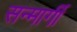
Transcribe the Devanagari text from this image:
सन्मार्गी